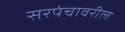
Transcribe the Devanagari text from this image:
सरपंचावरील